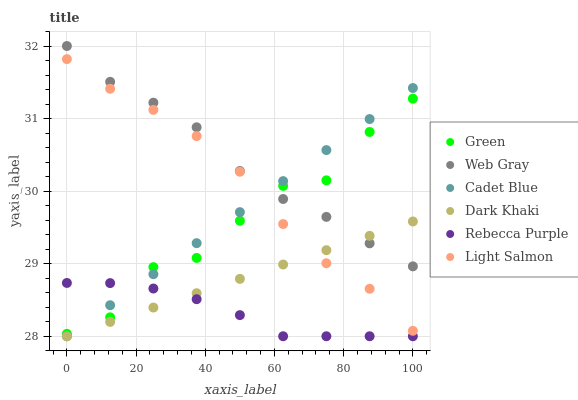
| xaxis_label | Green | Web Gray | Cadet Blue | Dark Khaki | Rebecca Purple | Light Salmon |
 | --- | --- | --- | --- | --- | --- | --- |
 | 0 | 28 | 32 | 28 | 28 | 28.7 | 31.8 |
 | 12.5 | 28.3 | 31.5 | 28.4 | 28.2 | 28.7 | 31.4 |
 | 25 | 29 | 31.2 | 28.9 | 28.4 | 28.7 | 31.1 |
 | 37.5 | 29.1 | 30.9 | 29.3 | 28.6 | 28.5 | 30.8 |
 | 50 | 29.6 | 30.3 | 29.7 | 28.8 | 28.3 | 30.3 |
 | 62.5 | 30.1 | 29.9 | 30.1 | 29 | 28 | 29.5 |
 | 75 | 30.1 | 29.6 | 30.6 | 29.2 | 28 | 29 |
 | 87.5 | 30.8 | 29.3 | 31 | 29.4 | 28 | 28.7 |
 | 100 | 31.3 | 29 | 31.4 | 29.6 | 28 | 28.1 |